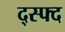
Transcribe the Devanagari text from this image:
द्स्फ्द